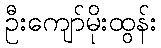
ဦးကျော်မိုးထွန်း